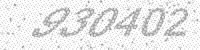
Solution: 930402